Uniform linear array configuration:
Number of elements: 64
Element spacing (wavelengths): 1
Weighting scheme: hann
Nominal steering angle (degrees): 0
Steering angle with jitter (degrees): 1.885
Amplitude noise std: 0.05
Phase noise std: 0.05

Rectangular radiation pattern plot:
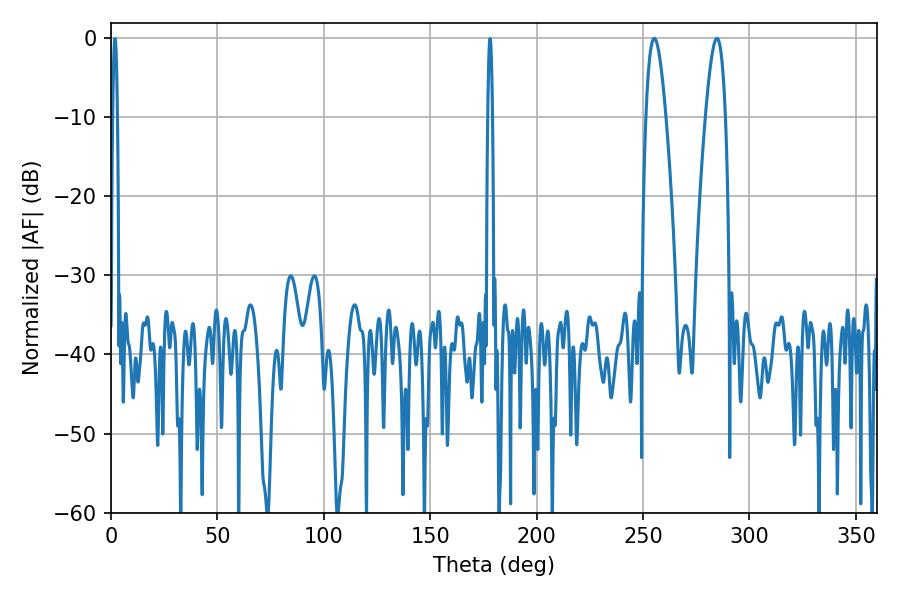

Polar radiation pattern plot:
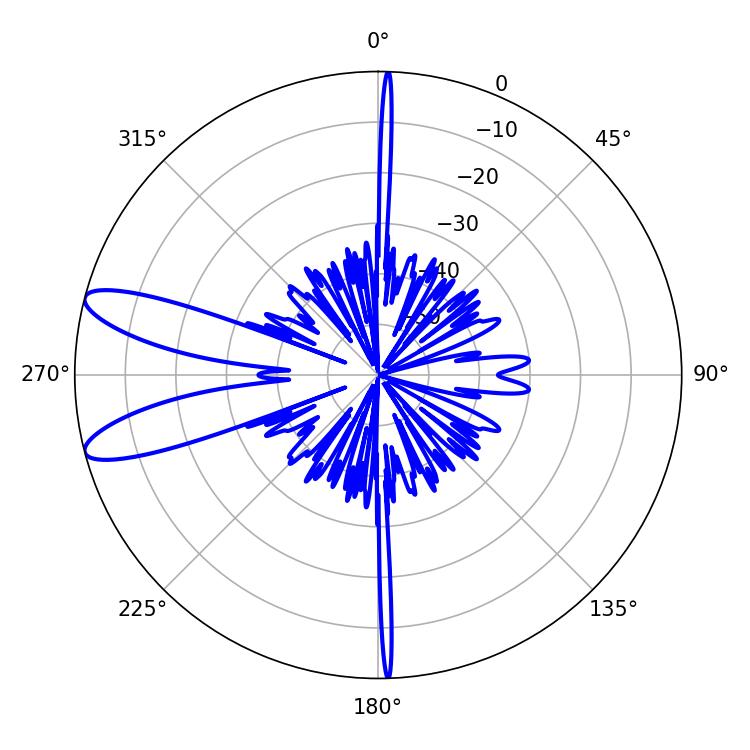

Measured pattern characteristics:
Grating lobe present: TRUE
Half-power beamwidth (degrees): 5.22
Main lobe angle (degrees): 284.76